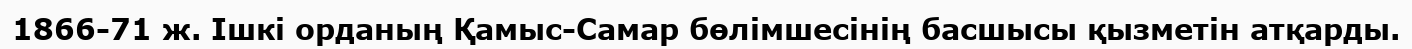
1866-71 ж. Ішкі орданың Қамыс-Самар бөлімшесінің басшысы қызметін атқарды.